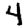
Digit: 4